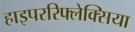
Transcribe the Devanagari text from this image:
हाइपररिफ्लेक्सिया